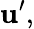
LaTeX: \mathbf{u^{\prime}},